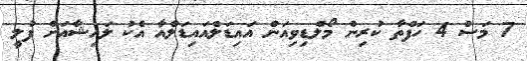
7 މަސް 4 ހަފްތާ ކުރިން މޯލްޑިވިއަން އައިޑަލްއައިޑަލްއާ އެކު ލައިޝާއަށް ފުލީ